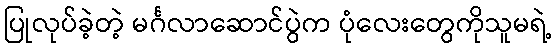
ပြုလုပ်ခဲ့တဲ့ မင်္ဂလာဆောင်ပွဲက ပုံလေးတွေကိုသူမရဲ့